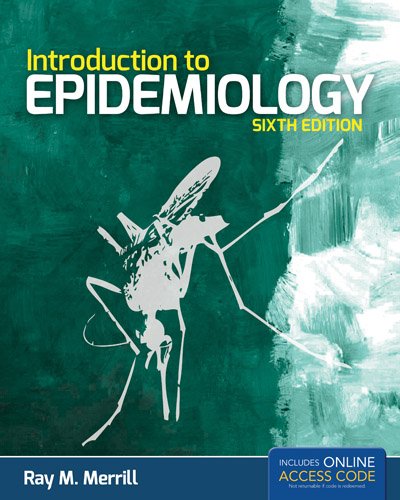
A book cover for Introduction To Epidemiology; Ray M. Merrill; Medical Books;